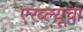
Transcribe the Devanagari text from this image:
एरब्ल्यूचा